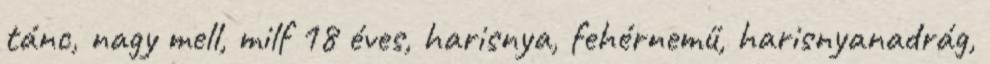
tánc, nagy mell, milf 18 éves, harisnya, fehérnemű, harisnyanadrág,